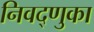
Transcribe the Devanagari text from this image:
निवद्णुका